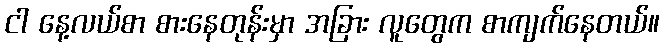
ငါ နေ့လယ်စာ စားနေတုန်းမှာ အခြား လူတွေက စာကျက်နေတယ်။